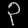
Digit: ၃